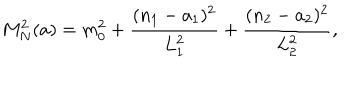
M _ { N } ^ { 2 } ( a ) = m _ { 0 } ^ { 2 } + \frac { ( n _ { 1 } - a _ { 1 } ) ^ { 2 } } { L _ { 1 } ^ { 2 } } + \frac { ( n _ { 2 } - a _ { 2 } ) ^ { 2 } } { L _ { 2 } ^ { 2 } } ,